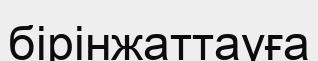
бірінжаттауға